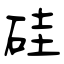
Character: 硅